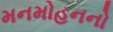
મનમોહનનો